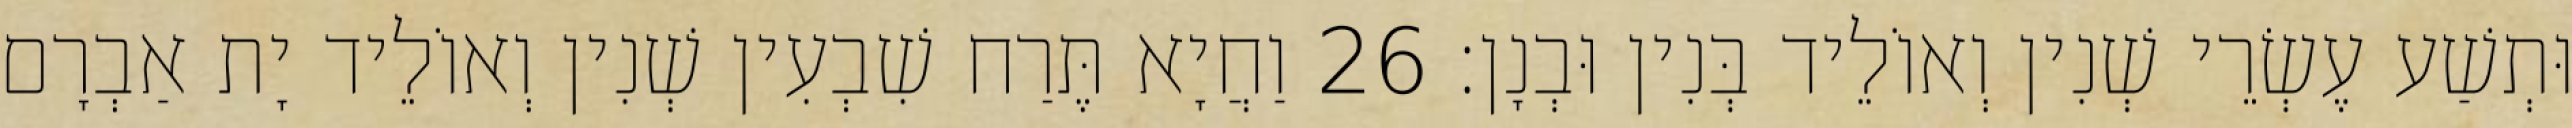
וּתְשַׁע עֶשְׂרֵי שְׁנִין וְאוֹלֵיד בְּנִין וּבְנָן׃ 26 וַחֲיָא תֶּרַח שִׁבְעִין שְׁנִין וְאוֹלֵיד יָת אַבְרָם